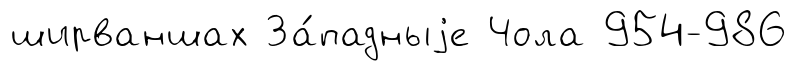
ширваншах За́падныjе Чола 954-986